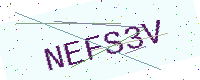
Text: NEFS3V